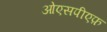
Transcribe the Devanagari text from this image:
ओएसपीएफ़